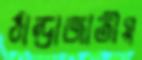
ঠান্ডাজাতীয়